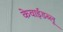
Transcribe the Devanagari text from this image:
केवाईडब्लू